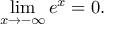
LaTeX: \operatorname* { l i m } _ { x \to - \infty } e ^ { x } = 0 .